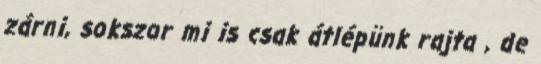
zárni, sokszor mi is csak átlépünk rajta , de